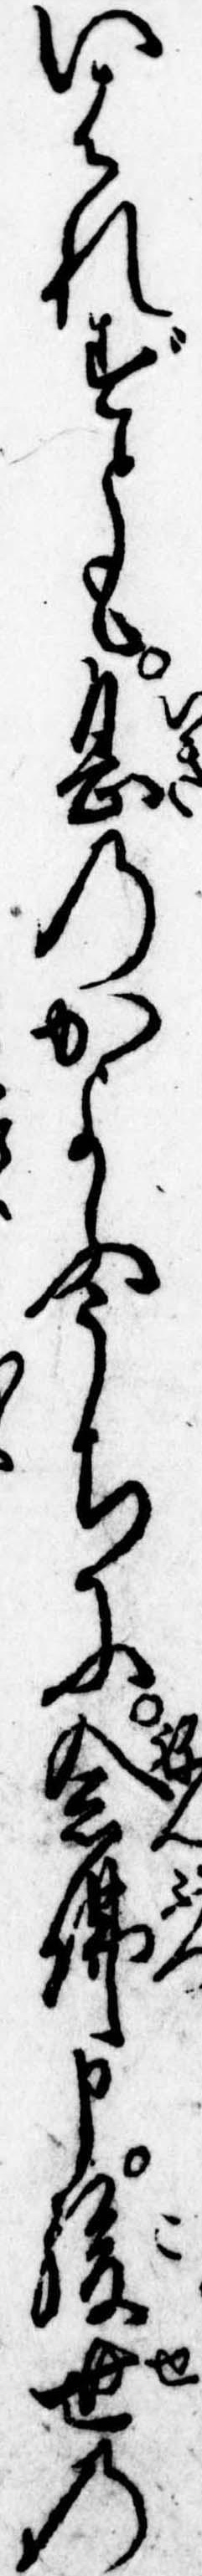
いはれずとも息のかよふうちに念仏申後世の